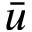
\bar { u }